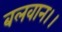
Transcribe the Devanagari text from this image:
बलवान।।